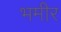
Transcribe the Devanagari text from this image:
भमीर